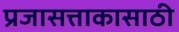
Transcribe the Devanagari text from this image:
प्रजासत्ताकासाठी